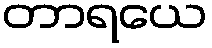
တာရယေ